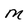
Character: M